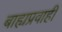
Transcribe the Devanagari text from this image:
बाह्यप्रवाही